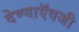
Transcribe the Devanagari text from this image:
देण्याऍवजी